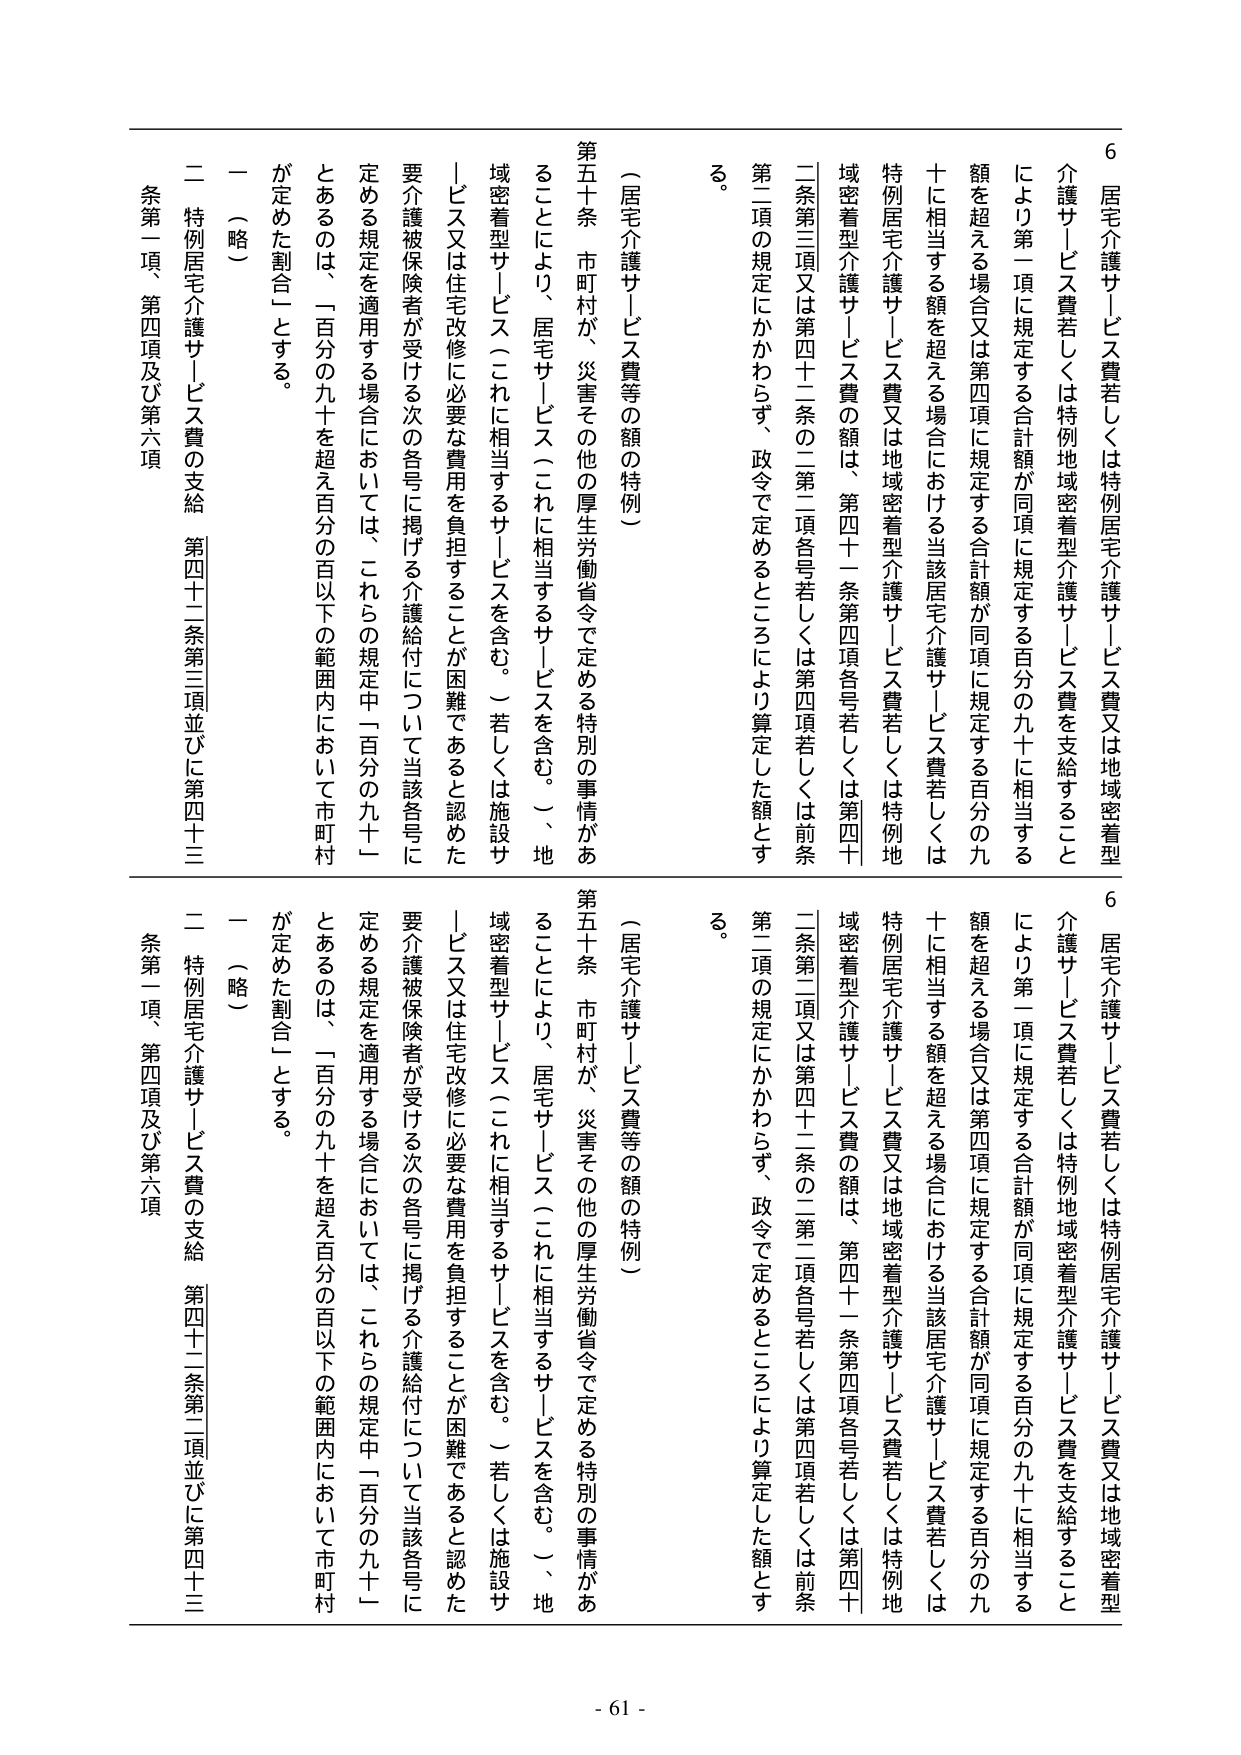
6 居宅介護サービス費若しくは特例居宅介護サービス費又は地域密着型介護サービス費若しくは特例地域密着型介護サービス費を支給することにより第一項に規定する合計額が同項に規定する百分の九十に相当する額を超える場合又は第四項に規定する合計額が同項に規定する百分の九十に相当する額を超える場合における当該居宅介護サービス費若しくは特例居宅介護サービス費又は地域密着型介護サービス費若しくは特例地域密着型介護サービス費の額は、第四十一条第四項各号若しくは第四十条第三項又は第四十二条の二第二項各号若しくは第四項若しくは前条第二項の規定にかかわらず、政令で定めるところにより算定した額とする。

（居宅介護サービス費等の額の特例）

第五十条 市町村が、災害その他の厚生労働省令で定める特別の事情があることにより、居宅サービス（これに相当するサービスを含む。）、地域密着型サービス（これに相当するサービスを含む。）若しくは施設サービス又は住宅改修に必要な費用を負担することが困難であると認めた要介護被保険者が受ける次の各号に掲げる介護給付について当該各号に定める規定を適用する場合においては、これらの規定中「百分の九十一」とあるのは、「百分の九十を超え百分の百以下の範囲内において市町村が定めた割合」とする。

一 （略）

二 特例居宅介護サービス費の支給 第四十二条第三項並びに第四十三条第一項、第四項及び第六項

6 居宅介護サービス費若しくは特例居宅介護サービス費又は地域密着型介護サービス費若しくは特例地域密着型介護サービス費を支給することにより第一項に規定する合計額が同項に規定する百分の九十に相当する額を超える場合又は第四項に規定する合計額が同項に規定する百分の九十に相当する額を超える場合における当該居宅介護サービス費若しくは特例居宅介護サービス費又は地域密着型介護サービス費若しくは特例地域密着型介護サービス費の額は、第四十一条第四項各号若しくは第四十条第三項又は第四十二条の二第二項各号若しくは第四項若しくは前条第二項の規定にかかわらず、政令で定めるところにより算定した額とする。

（居宅介護サービス費等の額の特例）

第五十条 市町村が、災害その他の厚生労働省令で定める特別の事情があることにより、居宅サービス（これに相当するサービスを含む。）、地域密着型サービス（これに相当するサービスを含む。）若しくは施設サービス又は住宅改修に必要な費用を負担することが困難であると認めた要介護被保険者が受ける次の各号に掲げる介護給付について当該各号に定める規定を適用する場合においては、これらの規定中「百分の九十一」とあるのは、「百分の九十を超え百分の百以下の範囲内において市町村が定めた割合」とする。

一 （略）

二 特例居宅介護サービス費の支給 第四十二条第二項並びに第四十三条第一項、第四項及び第六項

- 61 -